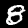
Label: 8